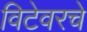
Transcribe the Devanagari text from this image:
विटेवरचे